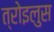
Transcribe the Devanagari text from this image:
त्रोइलुस